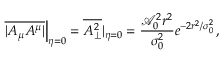
\left. \overline { { | A _ { \mu } A ^ { \mu } | } } \right| _ { \eta = 0 } = \overline { { A _ { \perp } ^ { 2 } } } | _ { \eta = 0 } = \frac { \mathcal { A } _ { 0 } ^ { 2 } r ^ { 2 } } { \sigma _ { 0 } ^ { 2 } } e ^ { - 2 r ^ { 2 } / \sigma _ { 0 } ^ { 2 } } \, ,